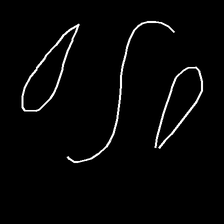
Glyph: water